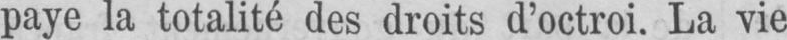
paye la totalité des droits d’octroi. La vie